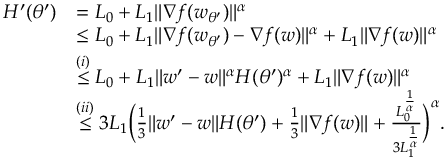
\begin{array} { r l } { H ^ { \prime } ( \theta ^ { \prime } ) } & { = L _ { 0 } + L _ { 1 } \| \nabla f ( w _ { \theta ^ { \prime } } ) \| ^ { \alpha } } \\ & { \le L _ { 0 } + L _ { 1 } \| \nabla f ( w _ { \theta ^ { \prime } } ) - \nabla f ( w ) \| ^ { \alpha } + L _ { 1 } \| \nabla f ( w ) \| ^ { \alpha } } \\ & { \overset { ( i ) } { \le } L _ { 0 } + L _ { 1 } \| w ^ { \prime } - w \| ^ { \alpha } H ( \theta ^ { \prime } ) ^ { \alpha } + L _ { 1 } \| \nabla f ( w ) \| ^ { \alpha } } \\ & { \overset { ( i i ) } { \le } 3 L _ { 1 } \Big ( \frac { 1 } { 3 } \| w ^ { \prime } - w \| H ( \theta ^ { \prime } ) + \frac { 1 } { 3 } \| \nabla f ( w ) \| + \frac { L _ { 0 } ^ { \frac { 1 } { \alpha } } } { 3 L _ { 1 } ^ { \frac { 1 } { \alpha } } } \Big ) ^ { \alpha } . } \end{array}